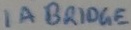
Text: 1A BRIDGE